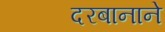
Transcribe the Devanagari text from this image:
दरबानाने